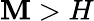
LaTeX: \mathbf{M}>H